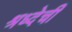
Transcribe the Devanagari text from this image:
श्रध्देची